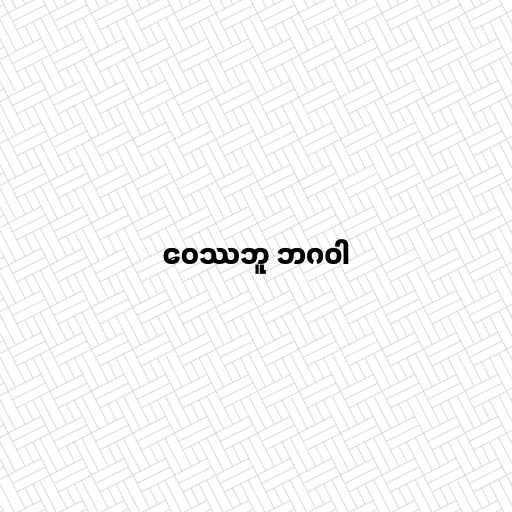
ဝေဿဘူ ဘဂဝါ